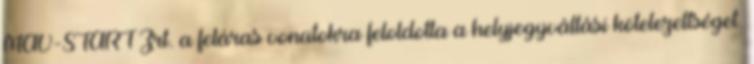
MÁV-START Zrt. a feláras vonatokra feloldotta a helyjegyváltási kötelezettséget.